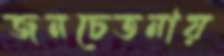
জনচেতনায়